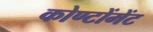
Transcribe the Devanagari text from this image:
कोण्टोंमेंट